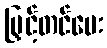
မြှင့်တင်ပေး